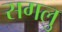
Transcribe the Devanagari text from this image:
सगलु